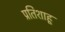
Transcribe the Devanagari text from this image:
प्रतिशाहू